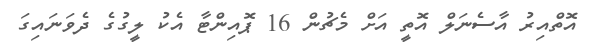
އޮތްއިރު އާސެނަލް އޮތީ އަށް މެޗުން 16 ޕޮއިންޓާ އެކު ލީގުގެ ދެވަނައިގަ